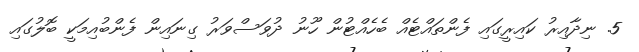
5. ނިދާއިރު ކައިރީގައި ފެންތައްޓެއް ބެހެއްޓުން ހޫނު ދުވަސްވަރު ގިނައިން ފެންބުއިމަކީ ބޮލުގައި